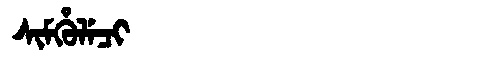
Manchu: ᠰᡳᠮᡥᡠᠯᡝᠴᡳ
Romanization: SIMHULECI